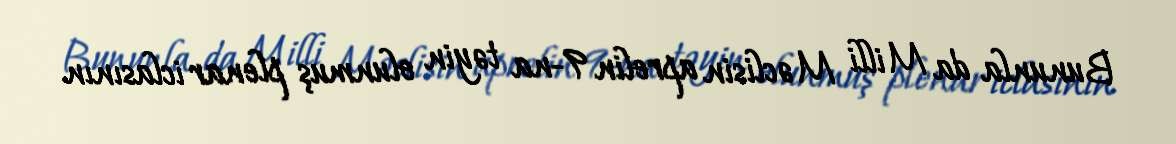
Bununla da Milli Məclisin aprelin 9-na təyin olunmuş plenar iclasının